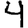
Digit: 4